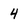
Character: 4